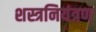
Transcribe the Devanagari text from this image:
शस्त्रनियंत्रण